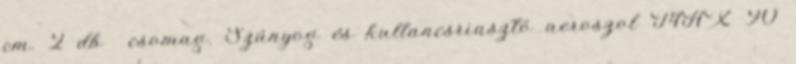
cm. 2 db csomag. Szúnyog és kullancsriasztó aeroszol MAX 90